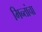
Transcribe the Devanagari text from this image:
मिन्तांचा